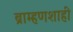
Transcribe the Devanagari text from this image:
ब्राम्हणशाही